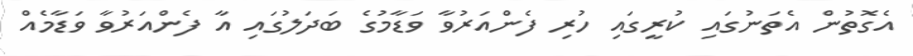
އެގޮތުން އެތަނުގައި ކުރީގައި ހުރި ފެންއަރުވާ ވަޑާމުގެ ބަދަލުގައި އާ ފެންއަރުވާ ވަޑާމެއް